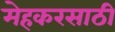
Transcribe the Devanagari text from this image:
मेहकरसाठी